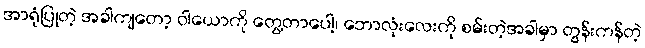
အာရုံပြုတဲ့ အခါကျတော့ ဝါယောကို တွေ့တာပေါ့၊ ဘောလုံးလေးကို စမ်းတဲ့အခါမှာ တွန်းကန်တဲ့